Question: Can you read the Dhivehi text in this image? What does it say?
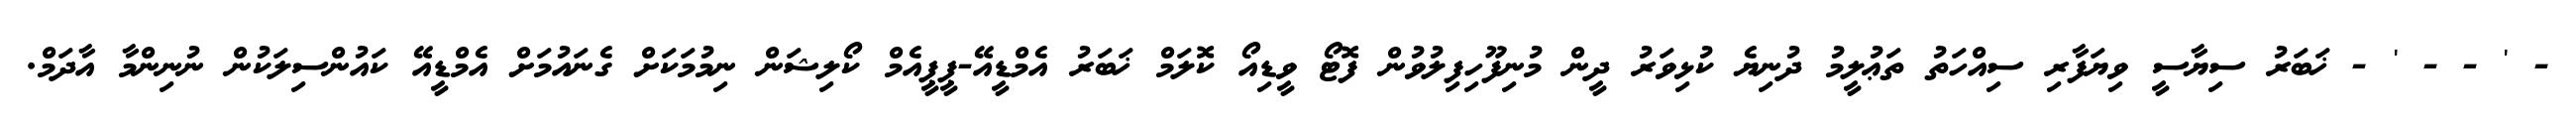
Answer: - ' - - ' - ޚަބަރު ސިޔާސީ ވިޔަފާރި ސިއްހަތު ތަޢުލީމު ދުނިޔެ ކުޅިވަރު ދީން މުނިފޫހިފިލުވުން ފޮޓޯ ވީޑިއޯ ކޮލަމް ޚަބަރު އެމްޑީއޭ-ޕީޕީއެމް ކޯލިޝަން ނިމުމަކަށް ގެނައުމަށް އެމްޑީއޭ ކައުންސިލަކުން ނުނިންމާ އާދަމް.